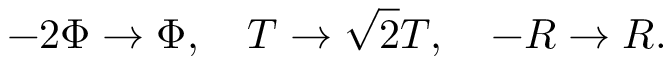
- 2 \Phi \rightarrow \Phi , ~ ~ ~ T \rightarrow \sqrt 2 T , ~ ~ ~ - R \rightarrow R .